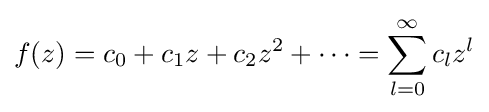
f(z)=c_{0}+c_{1}z+c_{2}z^{2}+\cdots =\sum _{l=0}^{\infty }c_{l}z^{l}